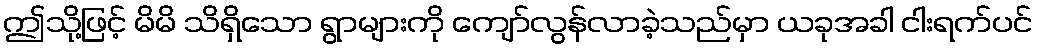
ဤသို့ဖြင့် မိမိ သိရှိသော ရွာများကို ကျော်လွန်လာခဲ့သည်မှာ ယခုအခါ ငါးရက်ပင်